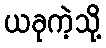
ယခုကဲ့သို့